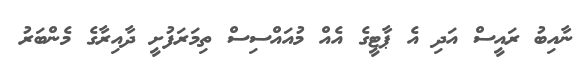
ނާއިބު ރައީސް އަދި އެ ޕާޓީގެ އެއް މުއައްސިސް ތިމަރަފުށީ ދާއިރާގެ މެންބަރު